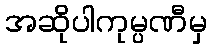
အဆိုပါကုမ္ပဏီမှ